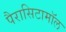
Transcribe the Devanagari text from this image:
पैरासिटामॉल